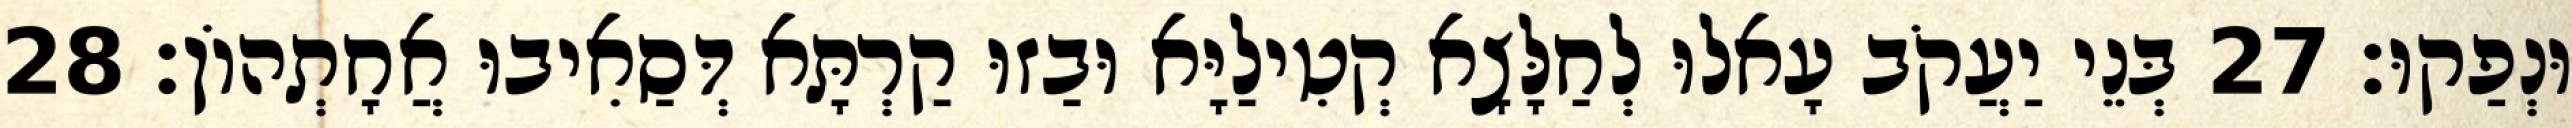
וּנְפַקוּ׃ 27 בְּנֵי יַעֲקֹב עָאלוּ לְחַלָּצָא קְטִילַיָּא וּבַזוּ קַרְתָּא דְּסַאִיבוּ אֲחָתְהוֹן׃ 28